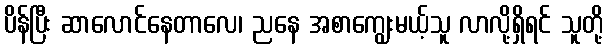
ပိန်ပြီး ဆာလောင်နေတာလေ၊ ညနေ အစာကျွေးမယ့်သူ လာလို့ရှိရင် သူတို့